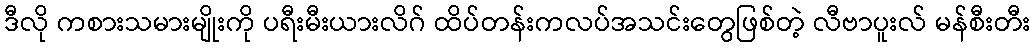
ဒီလို ကစားသမားမျိုးကို ပရီးမီးယားလိဂ် ထိပ်တန်းကလပ်အသင်းတွေဖြစ်တဲ့ လီဗာပူးလ် မန်စီးတီး